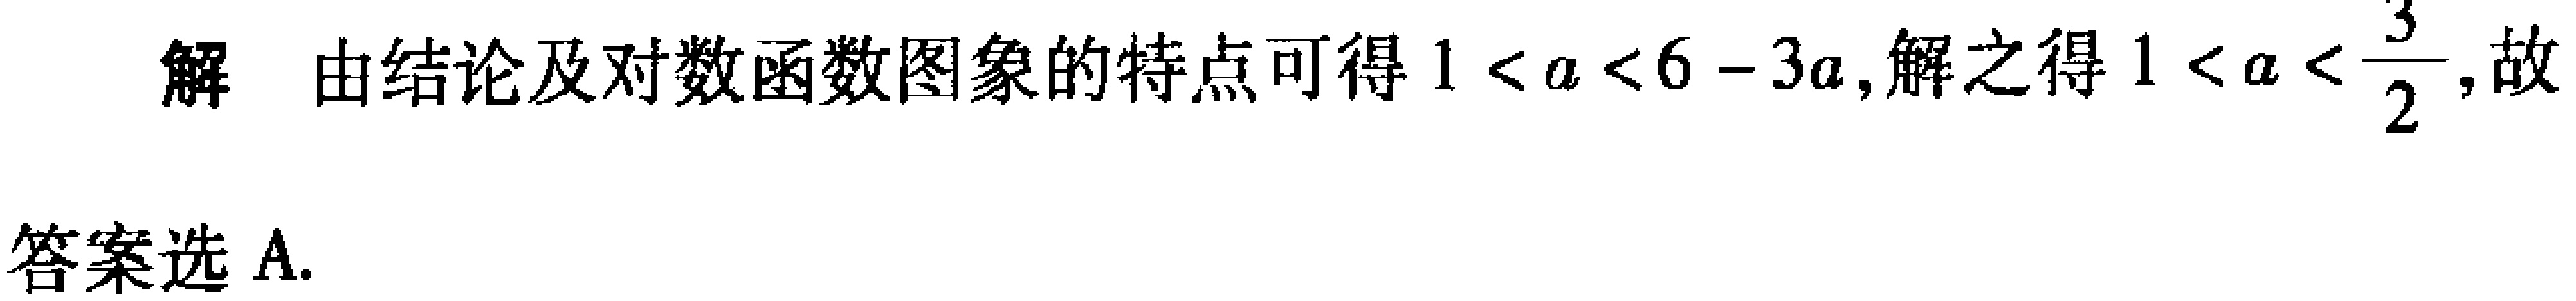
解 由结论及对数函数图象的特点可得\(1 < a < 6 - 3a\)，解之得\(1 < a < \frac{3}{2}\)，故

答案选 A.